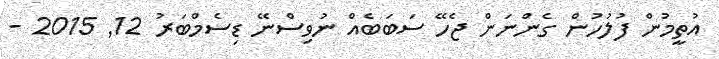
އުތީމުން ފުލުހުން ގެންނަން ޖެހޭ ސަބަބެއް ނުވިސްނޭ ޑިސެމްބަރު 12